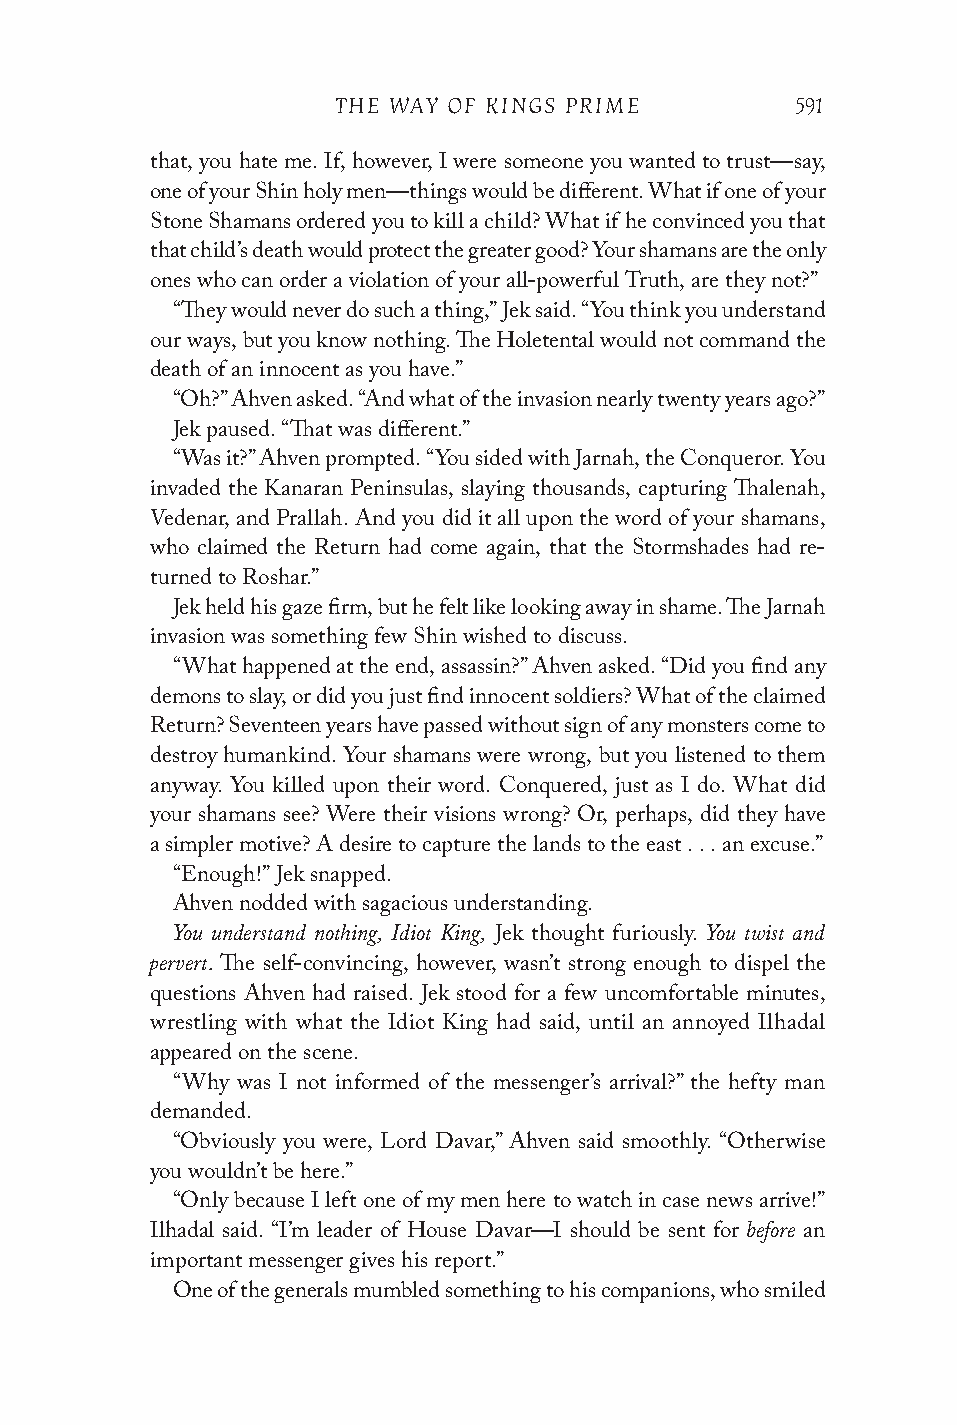
THE WAY OF KINGS PRIME         591
 that, you hate me. If, however, I were someone you wanted to trust—say,
 one of your Shin holy men—things would be different. What if one of your
 Stone Shamans ordered you to kill a child? What if he convinced you that
 that child’s death would protect the greater good? Your shamans are the only
 ones who can order a violation of your all-powerful Truth, are they not?”
 “They would never do such a thing,” Jek said. “You think you understand
 our ways, but you know nothing. The Holetental would not command the
 death of an innocent as you have.”
 “Oh?” Ahven asked. “And what of the invasion nearly twenty years ago?”
 Jek paused. “That was different.”
 “Was it?” Ahven prompted. “You sided with Jarnah, the Conqueror. You
 invaded the Kanaran Peninsulas, slaying thousands, capturing Thalenah,
 Vedenar, and Prallah. And you did it all upon the word of your shamans,
 who claimed the Return had come again, that the Stormshades had re-
 turned to Roshar.”
 Jek held his gaze firm, but he felt like looking away in shame. The Jarnah
 invasion was something few Shin wished to discuss.
 “What happened at the end, assassin?” Ahven asked. “Did you find any
 demons to slay, or did you just find innocent soldiers? What of the claimed
 Return? Seventeen years have passed without sign of any monsters come to
 destroy humankind. Your shamans were wrong, but you listened to them
 anyway. You killed upon their word. Conquered, just as I do. What did
 your shamans see? Were their visions wrong? Or, perhaps, did they have
 a simpler motive? A desire to capture the lands to the east . . . an excuse.”
 “Enough!” Jek snapped.
 Ahven nodded with sagacious understanding.
 You understand nothing, Idiot King, You twist and
 Jek thought furiously.
 pervert.
 The self-convincing, however, wasn’t strong enough to dispel the
 questions Ahven had raised. Jek stood for a few uncomfortable minutes,
 wrestling with what the Idiot King had said, until an annoyed Ilhadal
 appeared on the scene.
 “Why was I not informed of the messenger’s arrival?” the hefty man
 demanded.
 “Obviously you were, Lord Davar,” Ahven said smoothly. “Otherwise
 you wouldn’t be here.”
 “Only because I left one of my men here to watch in case news arrive!”
 before
 Ilhadal said. “I’m leader of House Davar—I should be sent for an
 important messenger gives his report.”
 One of the generals mumbled something to his companions, who smiled